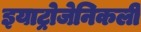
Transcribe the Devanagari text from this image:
इयाट्रोजेनिकली